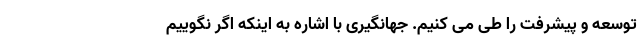
توسعه و پیشرفت را طی می کنیم. جهانگیری با اشاره به اینکه اگر نگوییم